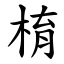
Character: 棛